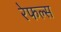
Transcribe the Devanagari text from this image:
रेफल्स